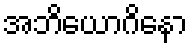
အဘိယောဂိနော